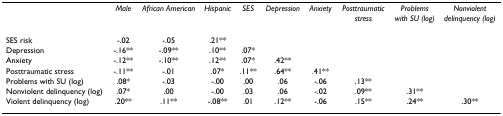
|  | Male | African American | Hispanic | SES | Depression | Anxiety | Posttraumatic stress | Problems with SU (log) | Nonviolent delinquency (log) |
 | --- | --- | --- | --- | --- | --- | --- | --- | --- | --- |
 | SES risk | -.02 | -.05 | .21** |  |  |  |  |  |  |
 | Depression | -.16** | -.09** | .10** | .07* |  |  |  |  |  |
 | Anxiety | -.12** | -.10** | .12** | .07* | .42** |  |  |  |  |
 | Posttraumatic stress | -.11** | -.01 | .07* | .11** | .64** | .41** |  |  |  |
 | Problems with SU (log) | .08* | -.03 | -.00 | .00 | .06 | -.06 | .13** |  |  |
 | Nonviolent delinquency (log) | .07* | .00 | -.00 | .03 | .06 | -.02 | .09** | .31** |  |
 | Violent delinquency (log) | .20** | .11** | -.08** | .01 | .12** | -.06 | .15** | .24** | .30** |